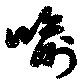
喩